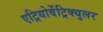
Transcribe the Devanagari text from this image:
एट्रियोवेंट्रिक्युलर